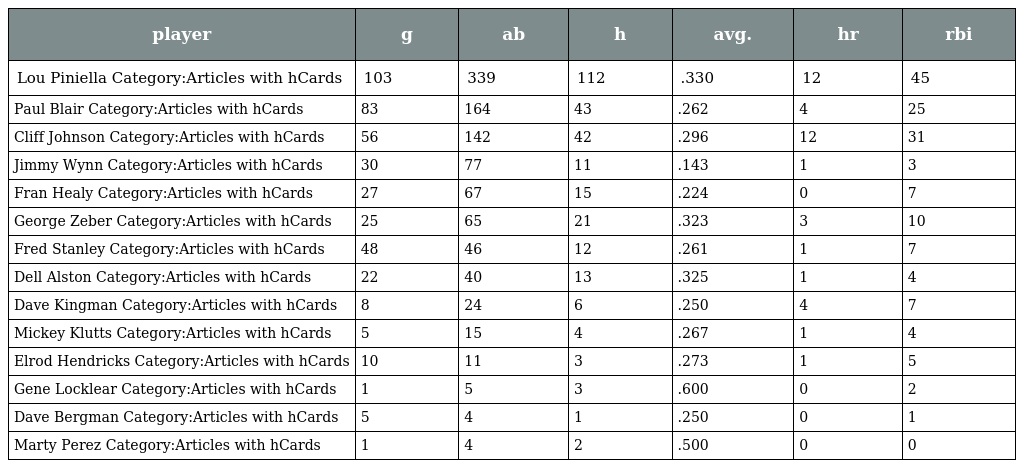
| player | g | ab | h | avg. | hr | rbi |
 | --- | --- | --- | --- | --- | --- | --- |
 | Lou Piniella Category:Articles with hCards | 103 | 339 | 112 | .330 | 12 | 45 |
 | Paul Blair Category:Articles with hCards | 83 | 164 | 43 | .262 | 4 | 25 |
 | Cliff Johnson Category:Articles with hCards | 56 | 142 | 42 | .296 | 12 | 31 |
 | Jimmy Wynn Category:Articles with hCards | 30 | 77 | 11 | .143 | 1 | 3 |
 | Fran Healy Category:Articles with hCards | 27 | 67 | 15 | .224 | 0 | 7 |
 | George Zeber Category:Articles with hCards | 25 | 65 | 21 | .323 | 3 | 10 |
 | Fred Stanley Category:Articles with hCards | 48 | 46 | 12 | .261 | 1 | 7 |
 | Dell Alston Category:Articles with hCards | 22 | 40 | 13 | .325 | 1 | 4 |
 | Dave Kingman Category:Articles with hCards | 8 | 24 | 6 | .250 | 4 | 7 |
 | Mickey Klutts Category:Articles with hCards | 5 | 15 | 4 | .267 | 1 | 4 |
 | Elrod Hendricks Category:Articles with hCards | 10 | 11 | 3 | .273 | 1 | 5 |
 | Gene Locklear Category:Articles with hCards | 1 | 5 | 3 | .600 | 0 | 2 |
 | Dave Bergman Category:Articles with hCards | 5 | 4 | 1 | .250 | 0 | 1 |
 | Marty Perez Category:Articles with hCards | 1 | 4 | 2 | .500 | 0 | 0 |